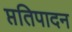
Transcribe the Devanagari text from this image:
प्ततिपादन